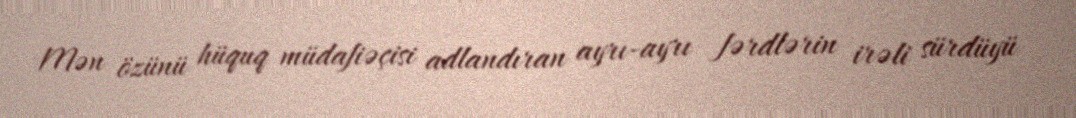
Mən özünü hüquq müdafiəçisi adlandıran ayrı-ayrı fərdlərin irəli sürdüyü